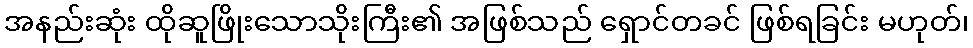
အနည်းဆုံး ထိုဆူဖြိုးသောသိုးကြီး၏ အဖြစ်သည် ရှောင်တခင် ဖြစ်ရခြင်း မဟုတ်၊